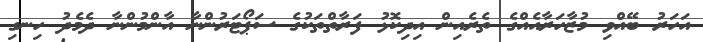
އަހަރު ބޭއްވި މުޒާހަރާއެއްގެ ތެރެއިން އިދިކޮޅު ފަރާތްތަކުގެ ސަޕޯޓަރުންނާ އާންމުންނާ ދެމެދު ހިނގި